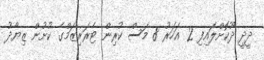
ދީދީ ދޫކޮށްލައިފި 2 އަހަރު 8 މަސް ކުރިން ޓެރަރިޒަމްގެ ކުށުން ޒިޔާދު